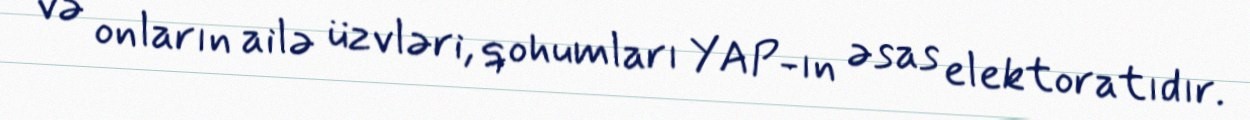
və onların ailə üzvləri, qohumları YAP-ın əsas elektoratıdır.